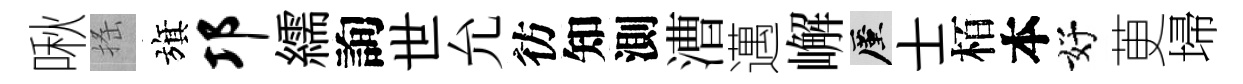
啾搖旗邛繻詢世允彷知測漕邁嶰厪士栢本好茰埽